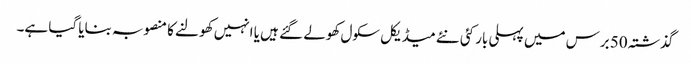
گذشتہ 50 برس میں پہلی بار کئی نئے میڈیکل سکول کھولے گئے ہیں یا انہیں کھولنے کا منصوبہ بنایا گیا ہے۔